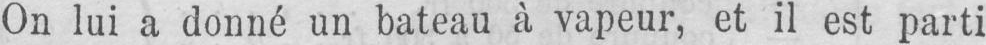
On lui a donné un bateau à vapeur, et il est parti